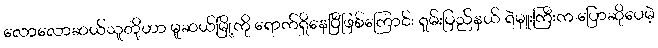
လောလောဆယ်သူတို့ဟာ မူဆယ်မြို့ကို ရောက်ရှိနေပြီဖြစ်ကြောင်း ရှမ်းပြည်နယ် ရဲမှူးကြီးက ပြောဆိုပေမဲ့